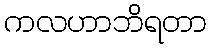
ကလဟာဘိရတာ